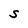
Character: S